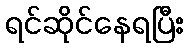
ရင်ဆိုင်နေရပြီး